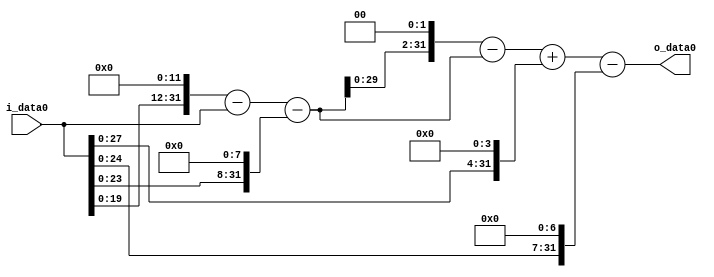
module multiplier_block (
    i_data0,
    o_data0
);

  // Port mode declarations:
  input   [31:0] i_data0;
  output  [31:0]
    o_data0;

  //Multipliers:

  wire [31:0]
    w1,
    w4096,
    w4095,
    w256,
    w3839,
    w15356,
    w11517,
    w16,
    w11533,
    w128,
    w11405;

  assign w1 = i_data0;
  assign w11405 = w11533 - w128;
  assign w11517 = w15356 - w3839;
  assign w11533 = w11517 + w16;
  assign w128 = w1 << 7;
  assign w15356 = w3839 << 2;
  assign w16 = w1 << 4;
  assign w256 = w1 << 8;
  assign w3839 = w4095 - w256;
  assign w4095 = w4096 - w1;
  assign w4096 = w1 << 12;

  assign o_data0 = w11405;

  //multiplier_block area estimate = 9024.52305565;
endmodule